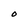
Character: O